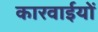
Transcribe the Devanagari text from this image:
कारवाईयों